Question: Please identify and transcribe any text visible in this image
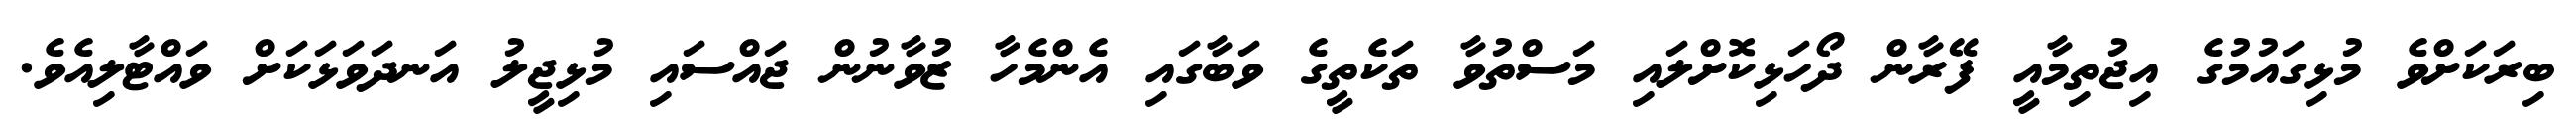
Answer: ބިރަކަށްވެ މުޅިގައުމުގެ އިޖުތިމާއީ ފޭރާން ދޯހަޅިކޮށްލައި މަސްތުވާ ތަކެތީގެ ވަބާގައި އެންމެހާ ޒުވާނުން ޖައްސައި މުޅިޖީލު އަނދަވަޅަކަށް ވައްޓާލިއެވެ.